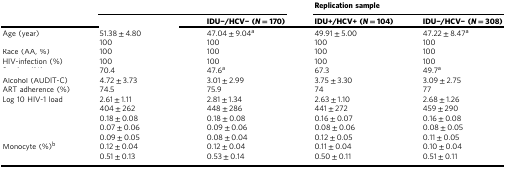
<table><thead><tr><td>[EMPTY_CELL]</td><td colspan="2">[EMPTY_CELL]</td><td colspan="2"><b>Replication sample</b></td></tr><tr><td>[EMPTY_CELL]</td><td>[EMPTY_CELL]</td><td><b>IDU−/HCV− (<i>N</i> = 170)</b></td><td><b>IDU+/HCV+ (<i>N </i>= 104)</b></td><td><b>IDU−/HCV− (<i>N </i>= 308)</b></td></tr></thead><tbody><tr><td>Age (year)</td><td>51.38 ± 4.80</td><td>47.04 ± 9.04<sup>a</sup></td><td>49.91 ± 5.00</td><td>47.22 ± 8.47<sup>a</sup></td></tr><tr><td>[EMPTY_CELL]</td><td>100</td><td>100</td><td>100</td><td>100</td></tr><tr><td>Race (AA, %)</td><td>100</td><td>100</td><td>100</td><td>100</td></tr><tr><td>HIV-infection (%)</td><td>100</td><td>100</td><td>100</td><td>100</td></tr><tr><td>[EMPTY_CELL]</td><td>70.4</td><td>47.6<sup>a</sup></td><td>67.3</td><td>49.7<sup>a</sup></td></tr><tr><td>Alcohol (AUDIT-C)</td><td>4.72 ± 3.73</td><td>3.01 ± 2.99</td><td>3.75 ± 3.30</td><td>3.09 ± 2.75</td></tr><tr><td>ART adherence (%)</td><td>74.5</td><td>75.9</td><td>74</td><td>77</td></tr><tr><td>Log 10 HIV-1 load</td><td>2.61 ± 1.11</td><td>2.81 ± 1.34</td><td>2.63 ± 1.10</td><td>2.68 ± 1.26</td></tr><tr><td>[EMPTY_CELL]</td><td>404 ± 262</td><td>448 ± 286</td><td>441 ± 272</td><td>459 ± 290</td></tr><tr><td>[EMPTY_CELL]</td><td>0.18 ± 0.08</td><td>0.18 ± 0.08</td><td>0.16 ± 0.07</td><td>0.16 ± 0.08</td></tr><tr><td>[EMPTY_CELL]</td><td>0.07 ± 0.06</td><td>0.09 ± 0.06</td><td>0.08 ± 0.06</td><td>0.08 ± 0.05</td></tr><tr><td>[EMPTY_CELL]</td><td>0.09 ± 0.05</td><td>0.08 ± 0.04</td><td>0.12 ± 0.05</td><td>0.11 ± 0.05</td></tr><tr><td>Monocyte (%)<sup>b</sup></td><td>0.12 ± 0.04</td><td>0.12 ± 0.04</td><td>0.11 ± 0.04</td><td>0.10 ± 0.04</td></tr><tr><td>[EMPTY_CELL]</td><td>0.51 ± 0.13</td><td>0.53 ± 0.14</td><td>0.50 ± 0.11</td><td>0.51 ± 0.11</td></tr></tbody></table>